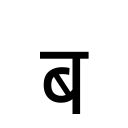
OCR:
ब